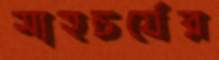
সাহচর্যের